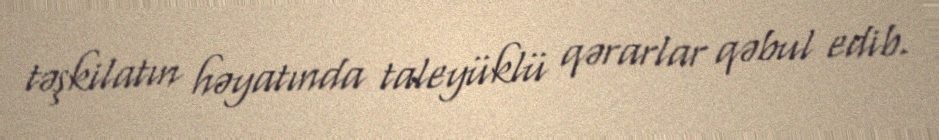
təşkilatın həyatında taleyüklü qərarlar qəbul edib.